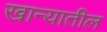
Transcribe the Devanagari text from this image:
खान्यातील